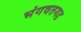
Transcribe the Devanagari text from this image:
भंगवतगड